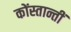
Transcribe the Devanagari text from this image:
कोंस्तान्तीं